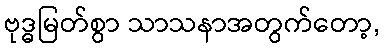
ဗုဒ္ဓမြတ်စွာ သာသနာအတွက်တော့,